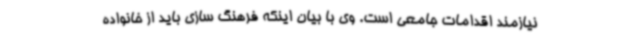
نیازمند اقدامات جامعی است. وی با بیان اینکه فرهنگ سازی باید از خانواده